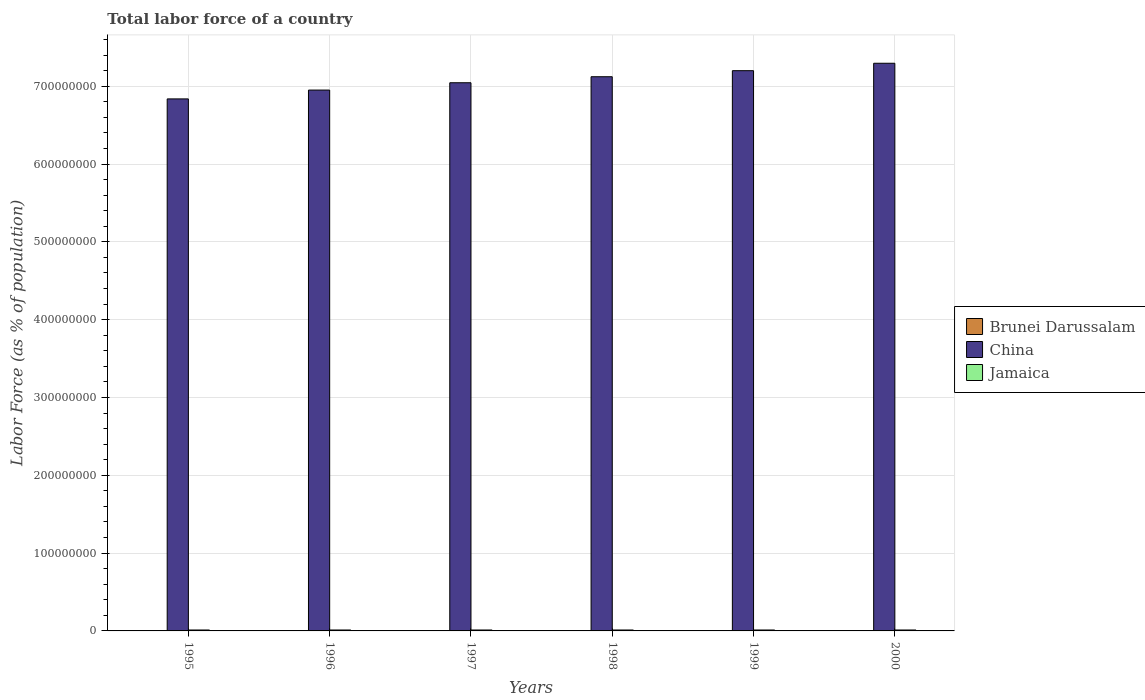
| Years | Brunei Darussalam | China | Jamaica |
 | --- | --- | --- | --- |
 | 1995 | 1.31e+05 | 6.84e+08 | 1.2e+06 |
 | 1996 | 1.36e+05 | 6.95e+08 | 1.2e+06 |
 | 1997 | 1.41e+05 | 7.04e+08 | 1.2e+06 |
 | 1998 | 1.45e+05 | 7.12e+08 | 1.19e+06 |
 | 1999 | 1.51e+05 | 7.2e+08 | 1.19e+06 |
 | 2000 | 1.55e+05 | 7.29e+08 | 1.19e+06 |